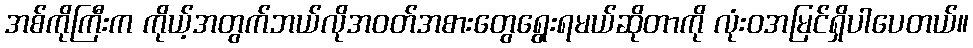
အစ်ကိုကြီးက ကိုယ့်အတွက်ဘယ်လိုအဝတ်အစားတွေရွေးရမယ်ဆိုတာကို လုံးဝအမြင်ရှိပါပေတယ်။